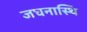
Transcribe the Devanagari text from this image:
जघनास्थि